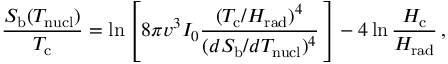
\frac { S _ { \mathrm { b } } ( T _ { \mathrm { n u c l } } ) } { T _ { \mathrm { c } } } = \ln \left[ 8 \pi v ^ { 3 } I _ { 0 } \frac { ( T _ { \mathrm { c } } / H _ { \mathrm { r a d } } ) ^ { 4 } } { ( d S _ { \mathrm { b } } / d T _ { \mathrm { n u c l } } ) ^ { 4 } } \, \right] - 4 \ln \frac { H _ { \mathrm { c } } } { H _ { \mathrm { r a d } } } \, ,